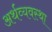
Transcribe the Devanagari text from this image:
अर्थव्यवस्‍था